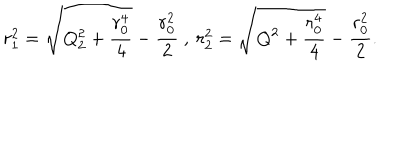
LaTeX: r _ { 1 } ^ { 2 } = \sqrt { Q _ { 2 } ^ { 2 } + \frac { r _ { 0 } ^ { 4 } } { 4 } } - \frac { r _ { 0 } ^ { 2 } } { 2 } \ , \ r _ { 2 } ^ { 2 } = \sqrt { Q ^ { 2 } + \frac { r _ { 0 } ^ { 4 } } { 4 } } - \frac { r _ { 0 } ^ { 2 } } { 2 } .